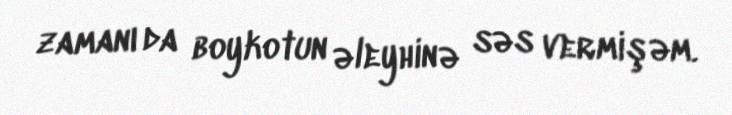
zamanı da boykotun əleyhinə səs vermişəm.